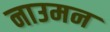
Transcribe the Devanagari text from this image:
नाउमन